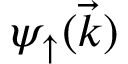
\psi _ { \uparrow } ( \vec { k } )